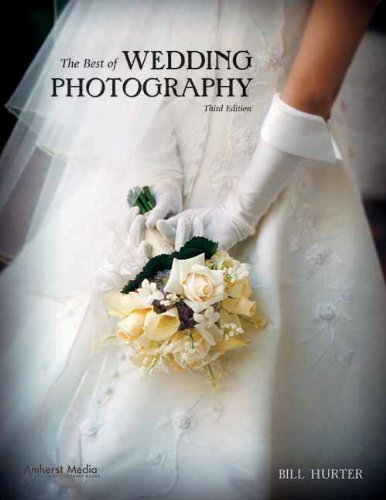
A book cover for The Best of Wedding Photography; Bill Hurter; Crafts, Hobbies & Home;